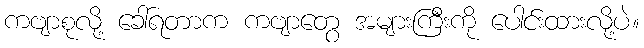
ကဗျာစုလို့ ခေါ်ရတာက ကဗျာတွေ အများကြီးကို ပေါင်းထားလို့ပဲ။